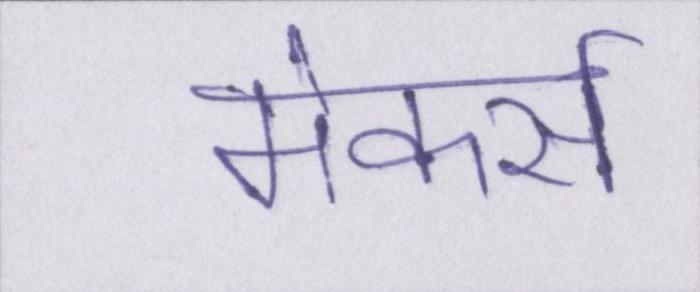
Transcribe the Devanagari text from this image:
मेकर्स